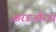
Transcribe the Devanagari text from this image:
आरडओरडा